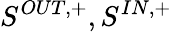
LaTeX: {S^{OUT,+},S^{IN,+}}